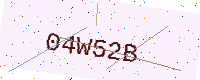
Text: 04W52B